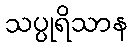
သပ္ပုရိသာန